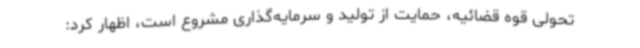
تحولی قوه قضائیه، حمایت از تولید و سرمایه‌گذاری مشروع است، اظهار کرد: